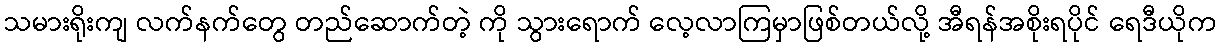
သမားရိုးကျ လက်နက်တွေ တည်ဆောက်တဲ့ ကို သွားရောက် လေ့လာကြမှာဖြစ်တယ်လို့ အီရန်အစိုးရပိုင် ရေဒီယိုက